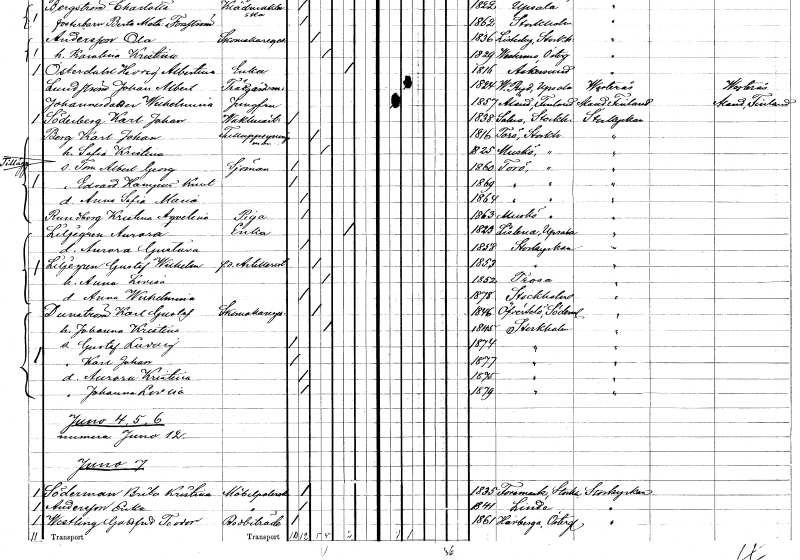
gt_parse: households: individuals: FN: Karl Johan
EN: Berg
YRKE: Tulluppsyningsman
KON: M
CIV: G
FODAR: 1816
FODFORS: Torö Stockholms län
FN: Sofia Kristina
KON: K
CIV: G
FODAR: 1825
FODFORS: Muskö Stockholms län
FN: Tom Albert Georg
YRKE: Sjöman
KON: M
CIV: O
FODAR: 1860
FODFORS: Torö Stockholms län
FN: Edvard Hampus Knut
KON: M
CIV: O
FODAR: 1869
FODFORS: Torö Stockholms län
FN: Anna Sofia Maria
KON: K
CIV: O
FODAR: 1864
FODFORS: Torö Stockholms län
FN: Kristina Aqvelina
EN: Rundberg
YRKE: Piga
KON: K
CIV: O
FODAR: 1863
FODFORS: Muskö Stockholms län
FN: Aurora
EN: Liljegren
YRKE: Änka
KON: K
CIV: E
FODAR: 1823
FODFORS: Litslena Uppsala län
FN: Aurora Gustava
KON: K
CIV: O
FODAR: 1858
FODFORS: Storkyrkoförsamlingen Stockholms stad
FN: Gustaf Wilhelm
EN: Liljegren
YRKE: Artillerist f.d.
KON: M
CIV: G
FODAR: 1853
FODFORS: Storkyrkoförsamlingen Stockholms stad
FN: Anna Lovisa
KON: K
CIV: G
FODAR: 1852
FODFORS: Trosa Södermanlands län
FN: Anna Wilhelmina
KON: K
CIV: O
FODAR: 1878
FODFORS: Stockholm
FN: Karl Gustaf
EN: Dunström
YRKE: Skomakaregesäll
KON: M
CIV: G
FODAR: 1846
FODFORS: Överselö Södermanlands län
FN: Johanna Kristina
KON: K
CIV: G
FODAR: 1845
FODFORS: Stockholm
FN: Gustaf Ludvig
KON: M
CIV: O
FODAR: 1874
FODFORS: Stockholm
FN: Karl Johan
KON: M
CIV: O
FODAR: 1877
FODFORS: Stockholm
FN: Aurora Kristina
KON: K
CIV: O
FODAR: 1875
FODFORS: Stockholm
FN: Johanna Lovisa
KON: K
CIV: O
FODAR: 1879
FODFORS: Stockholm
FN: Brita Kristina
EN: Söderman
YRKE: Möbelpolererska
KON: K
CIV: O
FODAR: 1835
FODFORS: Forsmark Uppsala län
FN: Erika
EN: Andersson
YRKE: Möbelpolererska
KON: K
CIV: O
FODAR: 1841
FODFORS: Linde bergsförsamling Örebro län
FN: Gottfred Teodor
EN: Westling
YRKE: Bodbiträde
KON: K
CIV: O
FODAR: 1861
FODFORS: Herrberga Östergötlands län